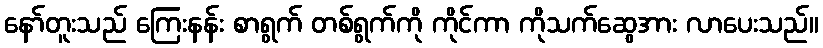
နော်တူးသည် ကြေးနန်း စာရွက် တစ်ရွက်ကို ကိုင်ကာ ကိုသက်ဆွေအား လာပေးသည်။